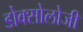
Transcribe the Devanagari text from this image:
डोक्सोलोजी